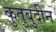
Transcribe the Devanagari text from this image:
कुतुबुदीन